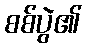
စစ်ပွဲ၏